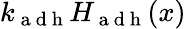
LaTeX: k_{\mathrm{~a~d~h~}}H_{\mathrm{~a~d~h~}}(x)